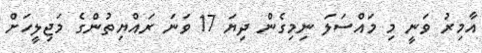
އާމިރު ވަނީ މި މައްސަލަ ނިމިގެން ދިޔަ 17 ވަނަ ރައްޔިތުންގެ މަޖިލީހަށް